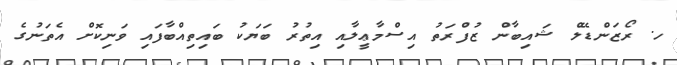
ހ. ރޯޒަންޑޭލް ޝައިބާން ޒުފްރަތު އިސްމާޢީލާއި އިތުރު ބަޔަކު ބައިތިއްބާފައި ވަނިކޮށް އެތަނުގެ